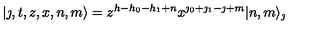
| \jmath , t , z , x , n , m \rangle = z ^ { h - h _ { 0 } - h _ { 1 } + n } x ^ { \jmath _ { 0 } + \jmath _ { 1 } - \jmath + m } | n , m \rangle _ { \jmath }